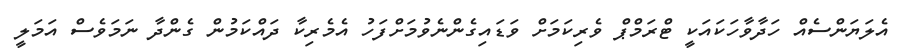
އެލަޔަންސެއް ހަދާވާހަކައަކީ ޓްރަމްޕް ވެރިކަމަށް ވަޑައިގެންނެވުމަށްފަހު އެމެރިކާ ދައްކަމުން ގެންދާ ނަމަވެސް އަމަލީ